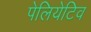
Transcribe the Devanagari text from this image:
पेलियेटिव